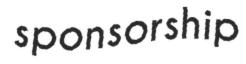
sponsorship